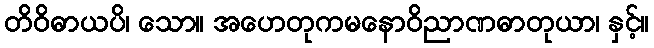
တိဝိဓာယပိ၊ သော။ အဟေတုကမနောဝိညာဏဓာတုယာ၊ နှင့်။